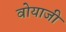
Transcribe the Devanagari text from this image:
वोयाजी